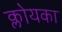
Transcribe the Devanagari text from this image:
क्लोयका